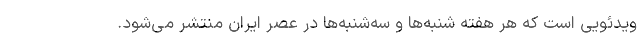
ویدئویی است که هر هفته شنبه‌ها و سه‌شنبه‌ها در عصر ایران منتشر می‌شود.